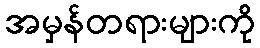
အမှန်တရားများကို